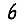
Digit: 6